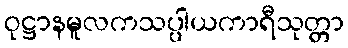
ဝုဋ္ဌာနမူလကသပ္ပါယကာရီသုတ္တာ